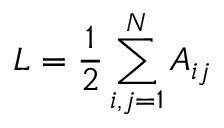
L = \frac { 1 } { 2 } \sum _ { i , j = 1 } ^ { N } A _ { i j }